Trukikaitis_Postimees, lk 37
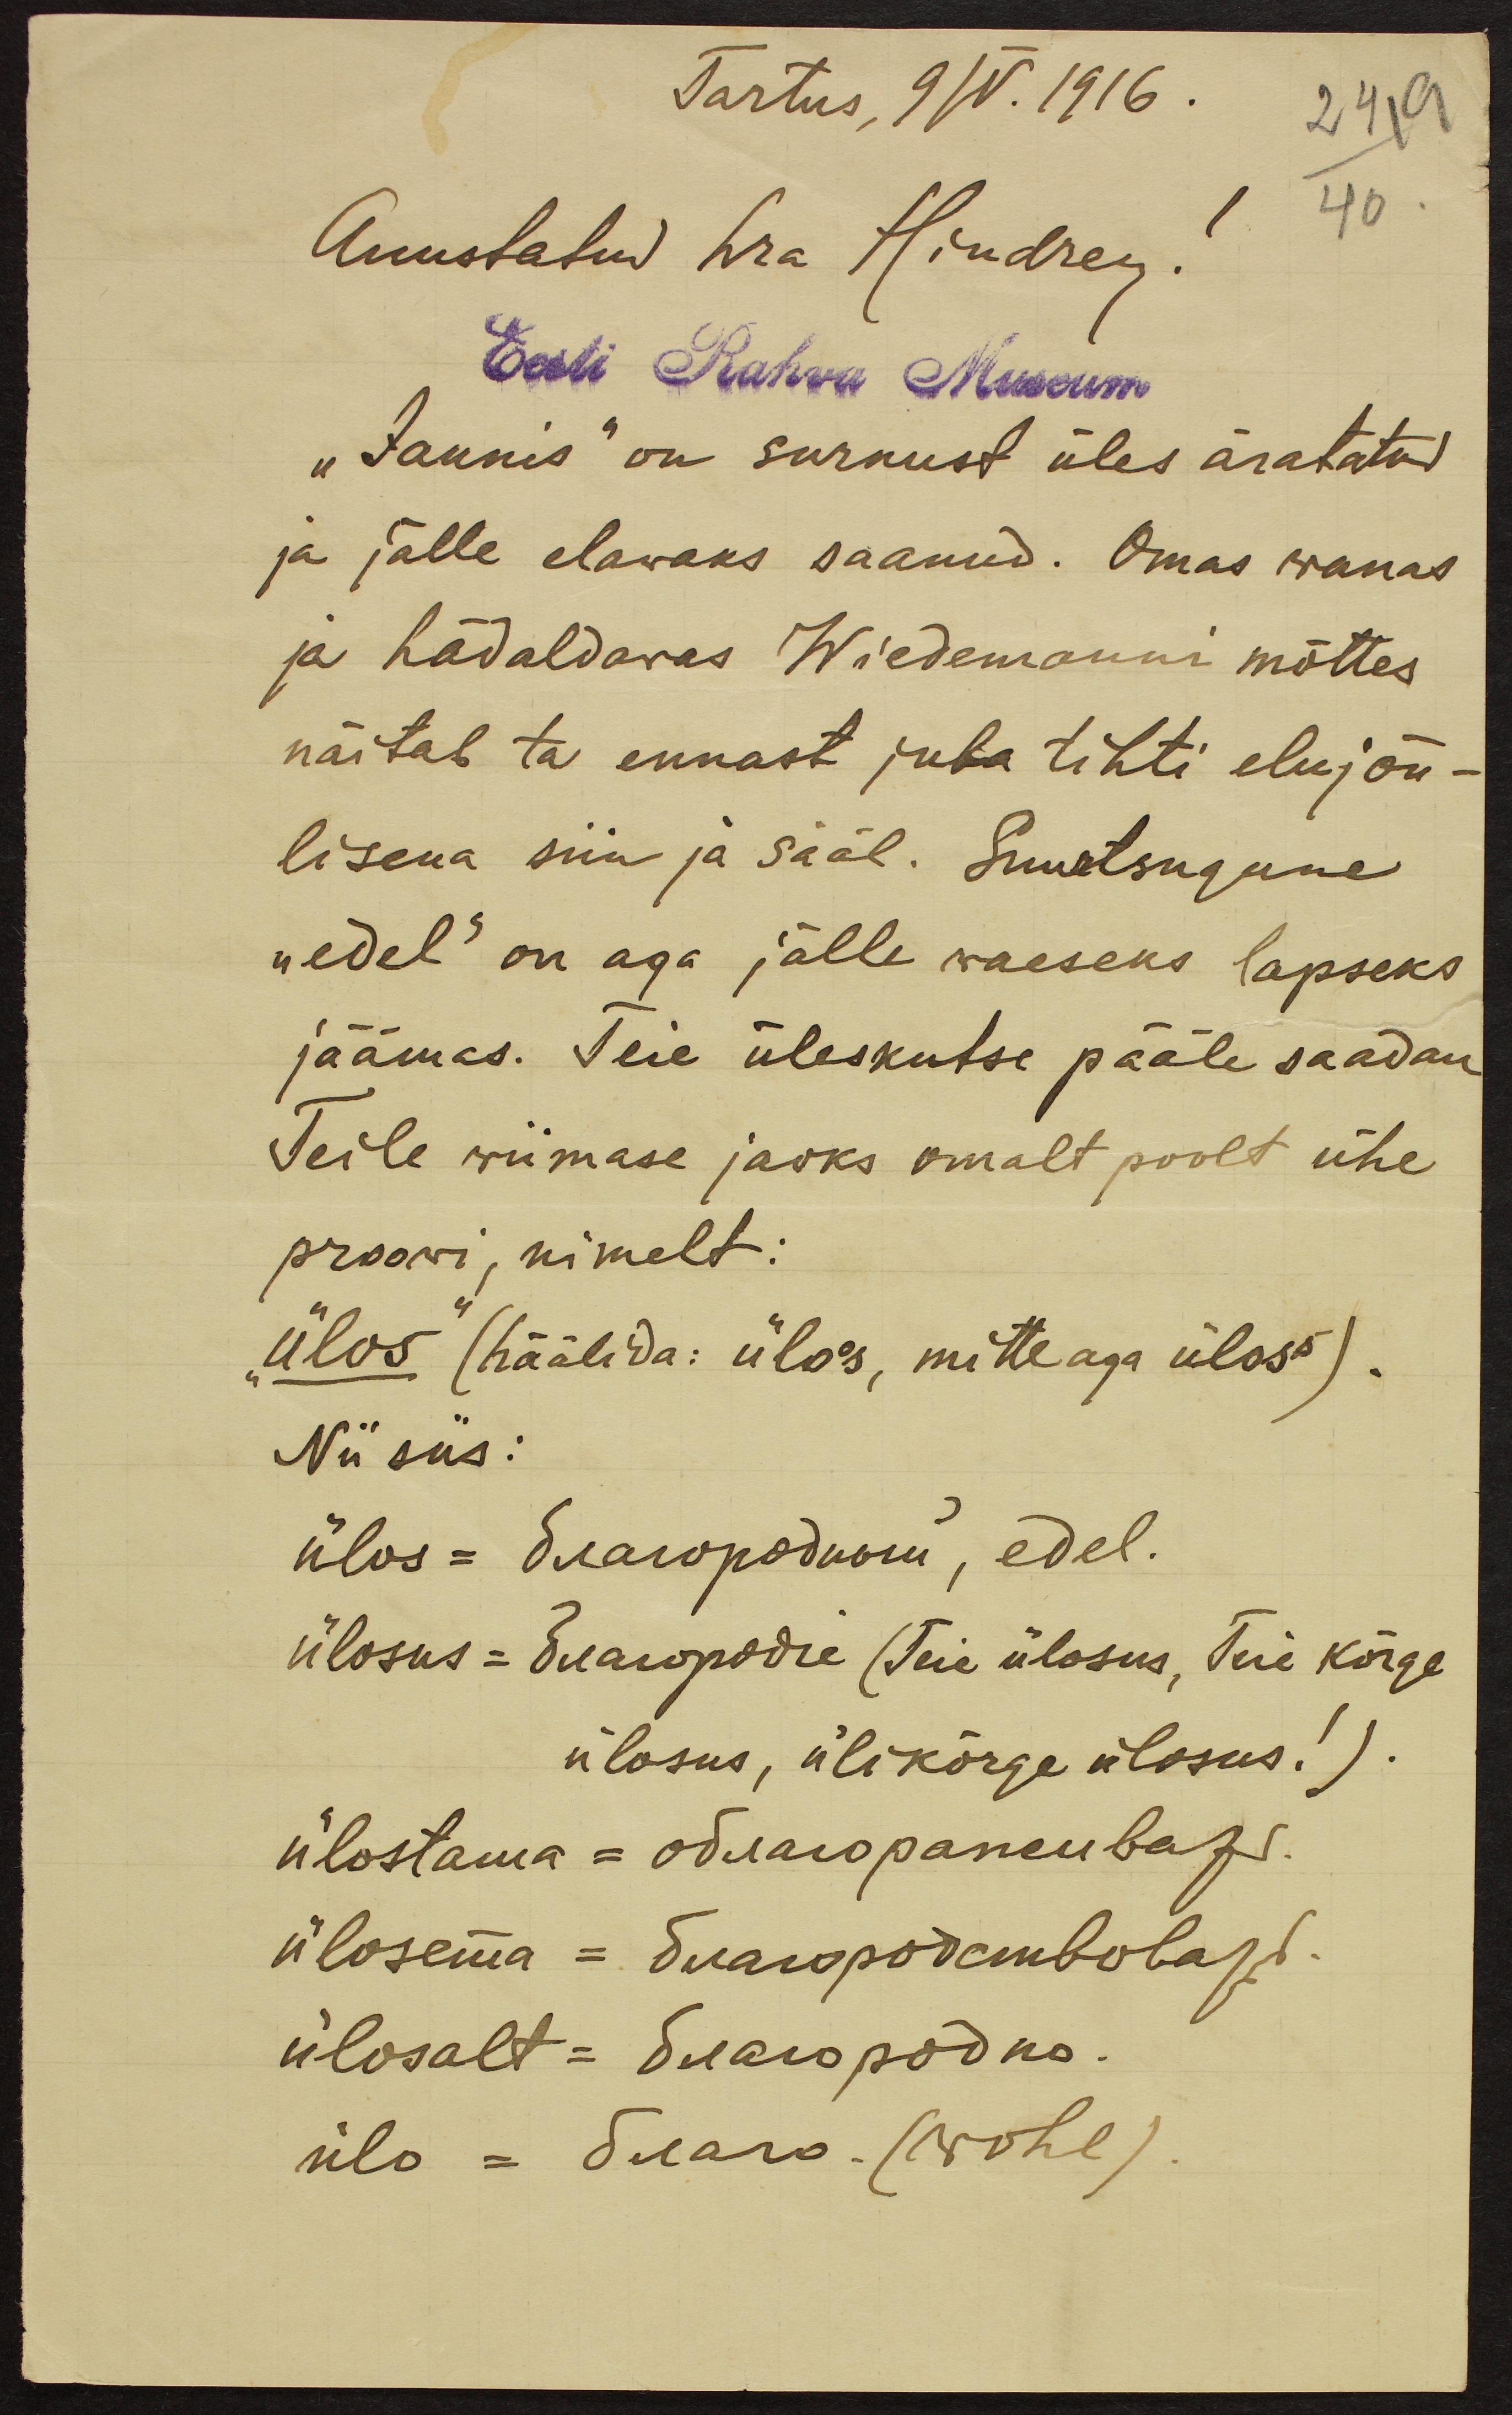
Tartus, 9 IV. 1916.
24 19
Auustatud hra Hindrey!
40
Eesti Rahva Museum
"Jaunis" on surnust üles äratatud
ja jälle elawaks saanud. Omas wanas
ja hädaldawas Wiedemanni mõttes
näitab ta ennast juba tihti elujõu-
lisena siin ja sääl. Suurtsugune
"edel" on aga jälle waeseks lapseks
jäämas. Teie üleskutse pääle saadan
Teile wiimase jaoks omalt poolt ühe
proowi, nimelt:
"ülos" (häälida: üloos, mitte aga üloss).
Nii siis:
ülos = Рагороднон, edel.
ülosus = Ennopodu (Teie ülosus, Teie kõrge
ülosus, ülikõrge ülosus!).
ülostama = otsaropaneku bazr
ülosema = Suaropodendotaja
ülosalt = Suaropõdno.
ülo = Suars (wohl)